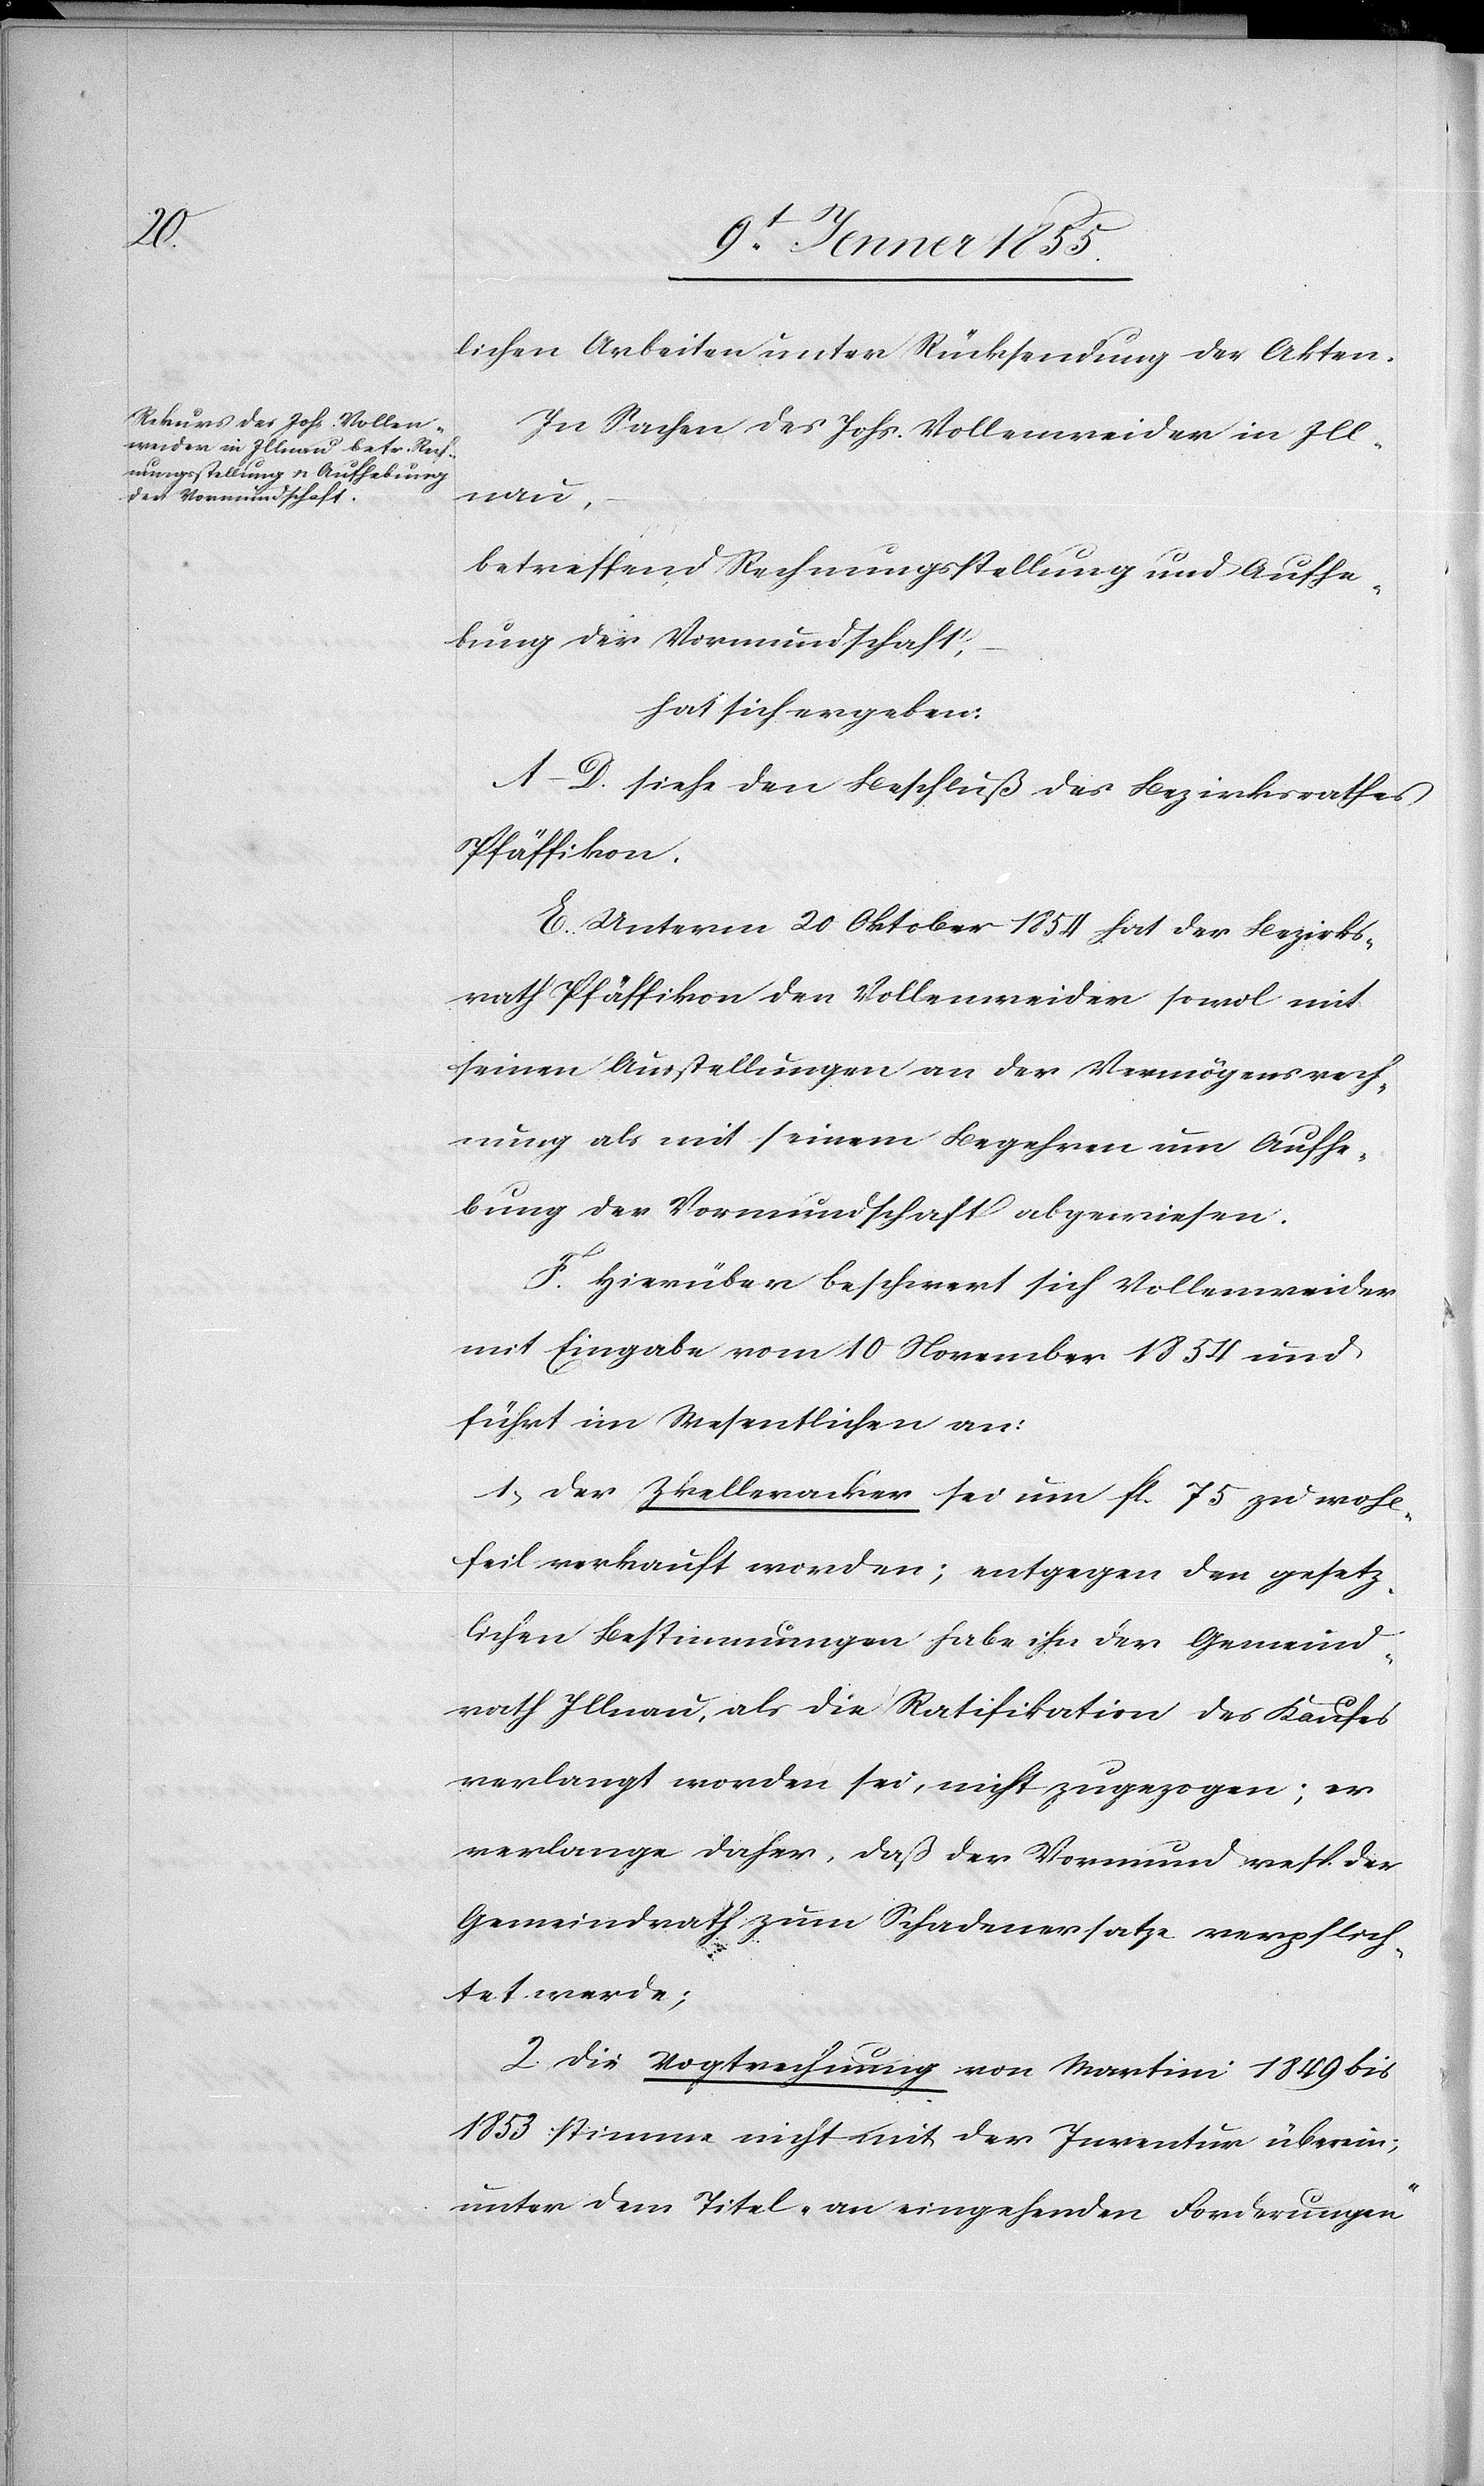
lichen Arbeiten unter Rücksendung der Akten.
In Sachen des Johs. Vollenweider in Ill¬
nau,
betreffend Rechnungsstellung und Aufhe¬
bung der Vormundschaft,
hat sich ergeben:
A–D. siehe den Beschluß des Bezirksrathes
Pfäffikon.
E. Unterm 20 Oktober 1854 hat der Bezirks¬
rath Pfäffikon den Vollenweider sowol mit
seinen Ausstellungen an der Vermögensrech¬
nung als mit seinem Begehren um Aufhe¬
bung der Vormundschaft abgewiesen.
F. Hierüber beschwert sich Vollenweider
mit Eingabe vom 10 November 1854 und
führt im Wesentlichen an:
1, Der Zkelleracker sei um fl. 75 zu wohl¬
feil verkauft worden; entgegen den gesetz¬
lichen Bestimmungen habe ihn der Gemeind¬
rath Illnau, als die Ratifikation des Kaufes
verlangt worden sei, nicht zugezogen; er
verlange daher, daß der Vormund resp. der
Gemeindrath zum Schadenersatze verpflich¬
tet werde;
2. Die Vogtrechnung von Martini 1849 bis
1853 stimme nicht mit der Inventur überein;
unter dem Titel „an eingehenden Forderungen“